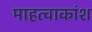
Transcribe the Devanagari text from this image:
माहत्वाकांश